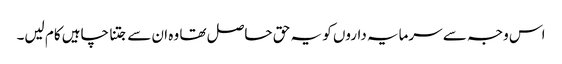
اس وجہ سے سرمایہ داروں کو یہ حق حاصل تھا وہ ان سے جتنا چاہیں کام لیں۔